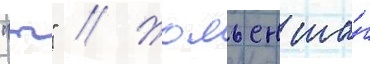
"т" // Жюльен ша́г